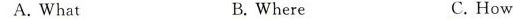
A.What B.Where C.How